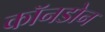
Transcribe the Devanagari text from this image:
कॉनडोन